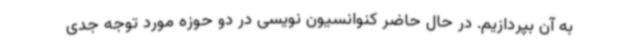
به آن بپردازیم. در حال حاضر کنوانسیون نویسی در دو حوزه مورد توجه جدی